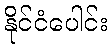
နိုင်ငံပေါင်း